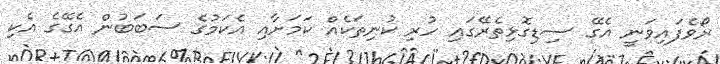
ރޯވެފައިވަނީ އެގޭ ސިޑިގޮޅިތެރޭގައި ހުރި ކުނިތަކެއް ކަމަށާއި އެކަމުގެ ސަބަބުން އެގޭގެ އެކި